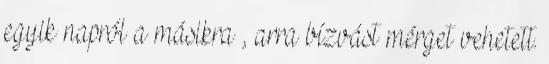
egyik napról a má­sik­ra , arra bízvást mérget vehetett.